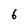
Character: 6